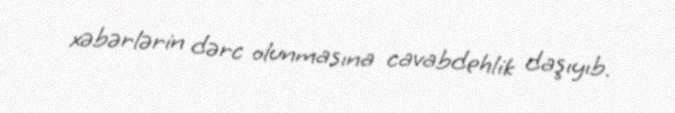
xəbərlərin dərc olunmasına cavabdehlik daşıyıb.